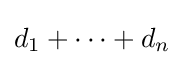
d_{1}+\cdots +d_{n}